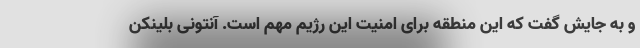
و به جایش گفت که این منطقه برای امنیت این رژیم مهم است. آنتونی بلینکن